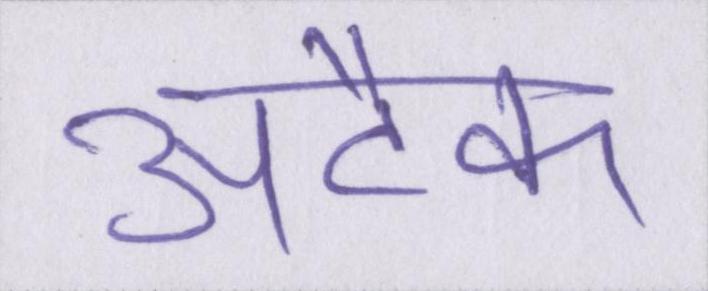
अटैक